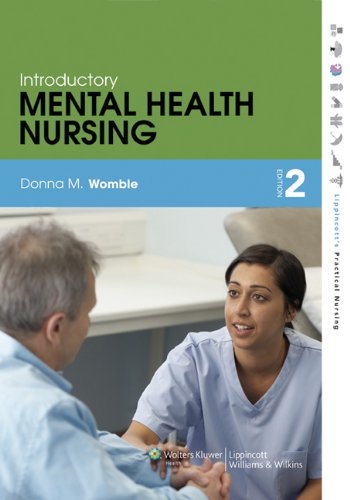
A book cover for Introductory Mental Health Nursing (Lippincott's Practical Nursing); Donna Womble MEd  BS  RN; Medical Books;